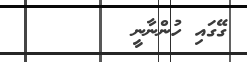
ގޭގައި ހުންނާނީ